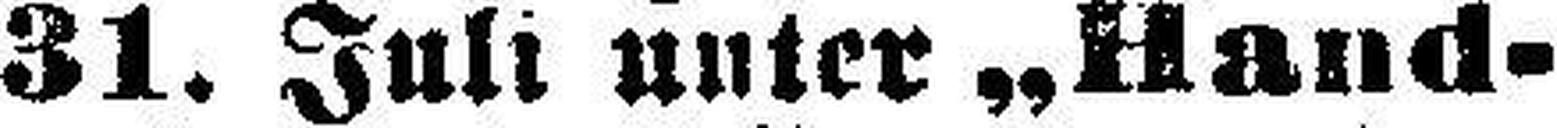
31. Juli unter „Hand¬